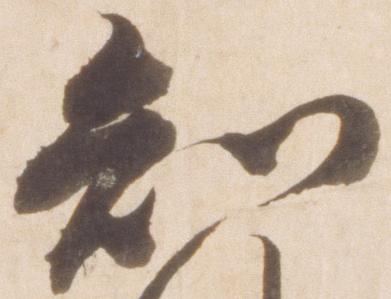
知